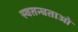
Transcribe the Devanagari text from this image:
स्वतन्त्रताओ